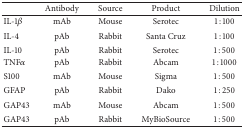
|  | Antibody | Source | Product | Dilution |
 | --- | --- | --- | --- | --- |
 | IL-1β | mAb | Mouse | Serotec | 1 : 100 |
 | IL-4 | pAb | Rabbit | Santa Cruz | 1 : 100 |
 | IL-10 | pAb | Rabbit | Serotec | 1 : 500 |
 | TNFα | pAb | Rabbit | Abcam | 1 : 1000 |
 | S100 | mAb | Mouse | Sigma | 1 : 500 |
 | GFAP | pAb | Rabbit | Dako | 1 : 250 |
 | GAP43 | mAb | Mouse | Abcam | 1 : 500 |
 | GAP43 | pAb | Rabbit | MyBioSource | 1 : 500 |